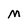
Character: M